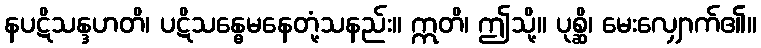
နပဋိသန္ဒဟတိ၊ ပဋိသန္ဓေမနေတုံ့သနည်း။ ဣတိ၊ ဤသို့။ ပုစ္ဆိ၊ မေးလျှောက်၏။